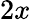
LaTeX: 2x